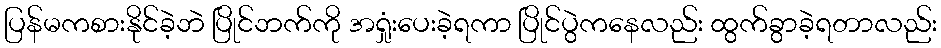
ပြန်မကစားနိုင်ခဲ့ဘဲ ပြိုင်ဘက်ကို အရှုံးပေးခဲ့ရကာ ပြိုင်ပွဲကနေလည်း ထွက်ခွာခဲ့ရတာလည်း